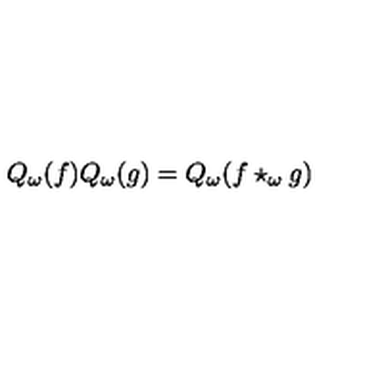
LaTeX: Q _ { \omega } ( f ) Q _ { \omega } ( g ) = Q _ { \omega } ( f \star _ { \omega } g )